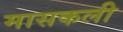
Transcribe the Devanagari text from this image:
मासकली